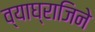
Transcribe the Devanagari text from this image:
व्याघ्राजिने